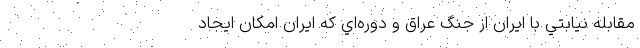
مقابله نيابتي با ايران از جنگ عراق و دوره‌اي كه ايران امكان ايجاد